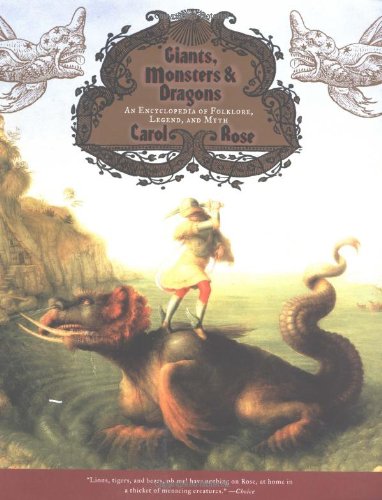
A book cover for Giants, Monsters, and Dragons: An Encyclopedia of Folklore, Legend, and Myth; Carol Rose; Politics & Social Sciences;